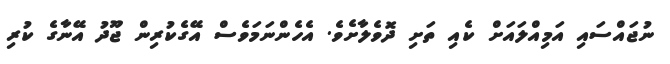
ނުޖައްސައި އަމިއްލައަށް ކެއި ތަށި ދޮވެލާށެވެ. އެހެންނަމަވެސް އޭގެކުރިން ޖޫދު އޭނާގެ ކުރި